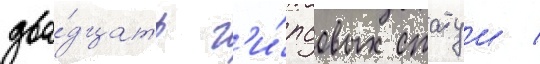
два́дцать г'и́псовых статуи /